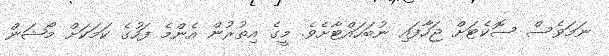
ނަމަވެސް ސޮކެޓަށް ޖަހާފައި ނުބަހައްޓާށެވެ. މީގެ އިތުރުން އެންމެ ފަހުގެ ކަމަކަށް މޯޝަން